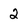
Character: 2